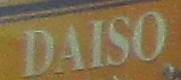
daiso